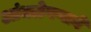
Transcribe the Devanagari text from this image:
आंधळेपणाने